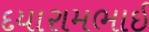
દયારામભાઈ